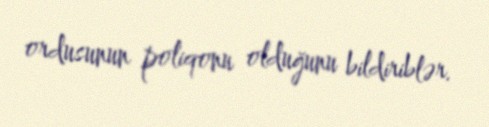
ordusunun poliqonu olduğunu bildiriblər.